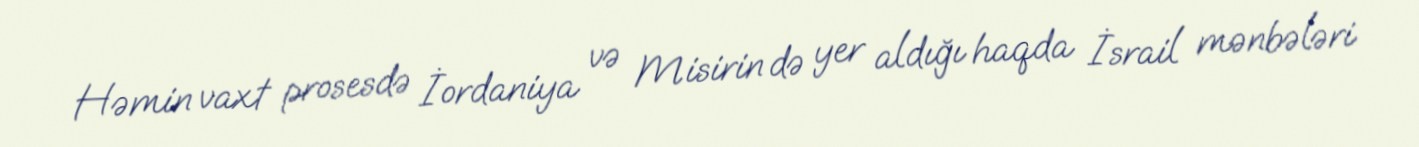
Həmin vaxt prosesdə İordaniya və Misirin də yer aldığı haqda İsrail mənbələri